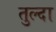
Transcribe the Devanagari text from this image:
तुल्दा